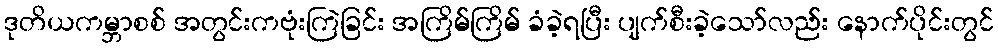
ဒုတိယကမ္ဘာစစ် အတွင်းကဗုံးကြဲခြင်း အကြိမ်ကြိမ် ခံခဲ့ရပြီး ပျက်စီးခဲ့သော်လည်း နောက်ပိုင်းတွင်